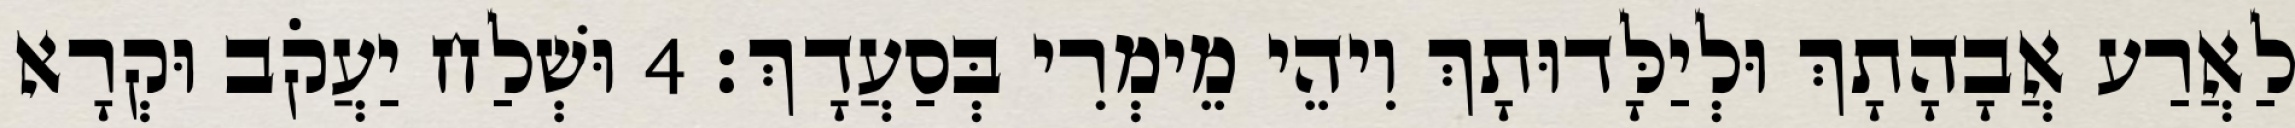
לַאֲרַע אֲבָהָתָךְ וּלְיַלָּדוּתָךְ וִיהֵי מֵימְרִי בְּסַעֲדָךְ׃ 4 וּשְׁלַח יַעֲקֹב וּקְרָא